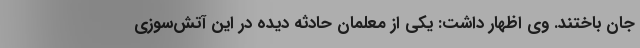
جان باختند. وی اظهار داشت: یکی از معلمان حادثه دیده در این آتش‌سوزی